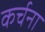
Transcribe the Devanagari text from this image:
कर्चना